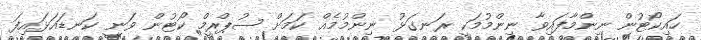
ހައިކޯޓުން ނިންމާފައިވާ ނިންމުމަކީ ރަނގަޅު ނިންމުމެއް ކަމަށް ސުޕްރީމް ކޯޓުން ވަނީ ކަނޑައަޅައިފަ